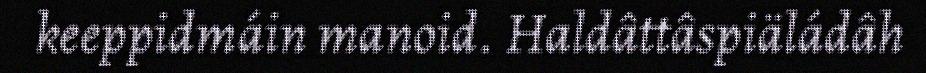
keeppidmáin manoid. Haldâttâspiäládâh